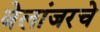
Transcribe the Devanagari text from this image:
बेलांजरचे